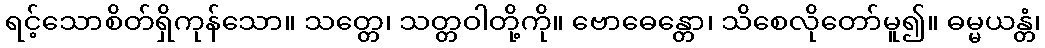
ရင့်သောစိတ်ရှိကုန်သော။ သတ္တေ၊ သတ္တဝါတို့ကို။ ဗောဓေန္တော၊ သိစေလိုတော်မူ၍။ ဓမ္မယန္တံ၊